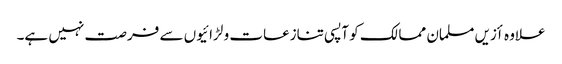
علاوہ أزیں مسلمان ممالک کو آپسی تنازعات و لڑائیوں سے فرصت نہیں ہے۔